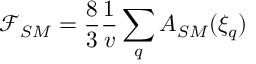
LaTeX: \mathcal { F } _ { S M } = \frac { 8 } { 3 } \frac { 1 } { v } \sum _ { q } A _ { S M } ( \xi _ { q } )